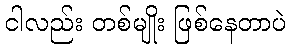
ငါလည်း တစ်မျိုး ဖြစ်နေတာပဲ